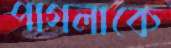
পাগলাকে